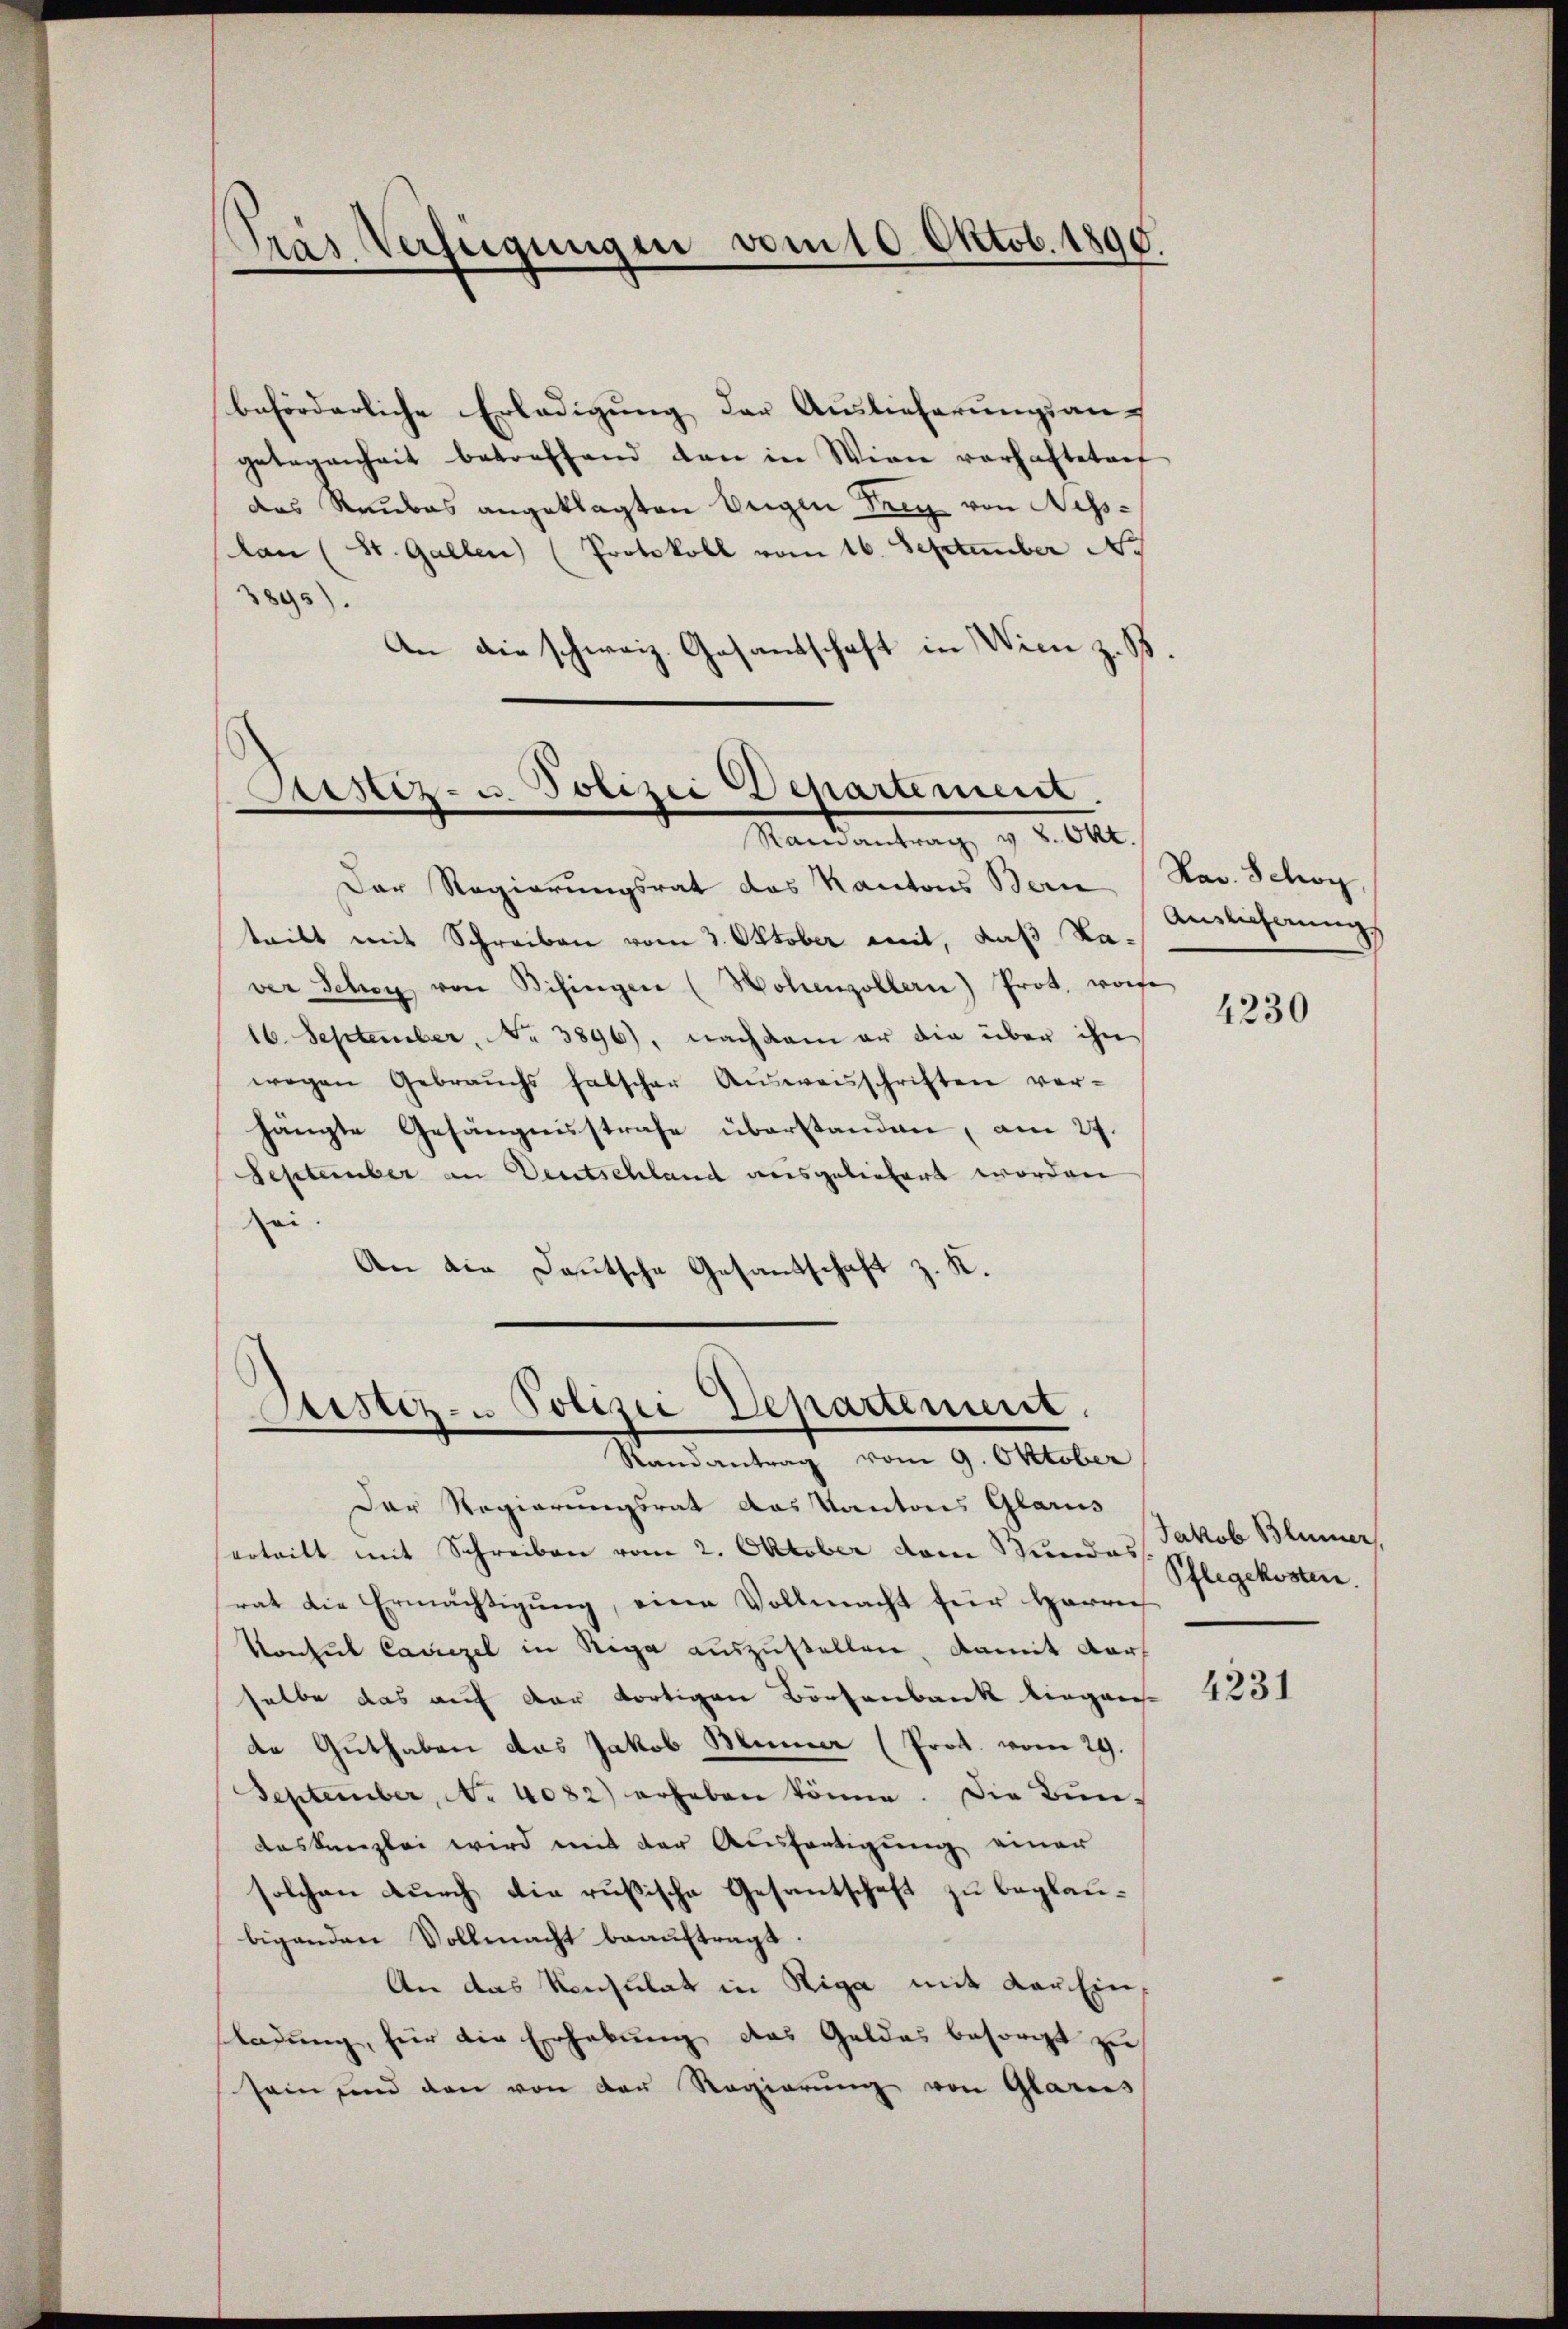
Gras Verfügungen vom 10. Oktob. 1890.

beförderliche Erledigung der Auslieferungsan-
gelegenheit betreffend den in Wien verhafteten
das Raubes angeklagten Weigen drey von Aisslau (St. Gallen (Protokoll vom 16. September N
3895).
An die schweiz. Gesandschaft in Wien z. B.

Justiz- u. Polizei Departement.
Ramantrag v. 8. Okt.

Der Regierŭngsrat das Kantons Bern (Nav. Schoy,
teilt mit Schreiben vom 3. Oktober mit, daß Ka-
ver Schon von Bisinger (Hohenzollern) Prot. worfe
16. September, No 3896), nachdem er die über ihn
wegen Gebrauchs falscher Aŭsweisschriften ver-
hängte Gefängnisstrafe überstanden, am 27.
September an Deutschland reisgebietert worden
ei.
An die Deutsche Gesantschaft z. K.

Sistiz- u Polizei Departement.
Randantrag vom 9. Oktober

Der Regierungsrat das Kantons Glarus
ertritt mit Schreiben vom 2. Oktober dem Wundas
rat die Ermächtigŭng, eine Vollmacht für Harrech
Konsul Canzel in Riga auszustellen, damit darf
selbe das auf der dortigen Börsenbank liegen
de Guthaben das Jakob Meiner (Prot. vom 29.
September, No 4082) erheben könne. Die Bŭn-
deskanzlei wird mit der Ausfertigung einer
solchen durch die rußische Gesantschaft zu beglaubigenden Vollmacht beauftragt.
An das Konsulat in Riga mit der Ein
fladung, für die Erhebung des Geldes besorgt zu
sein und den von der Regierŭng von Glarus

Ainlicherungs

4230

Jakob Blümer,
Pflegekosten.

4231